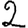
Digit: 2